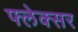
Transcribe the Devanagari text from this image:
फ्लेक्सर